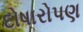
દોષારોપણ